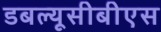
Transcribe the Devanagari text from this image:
डबल्यूसीबीएस